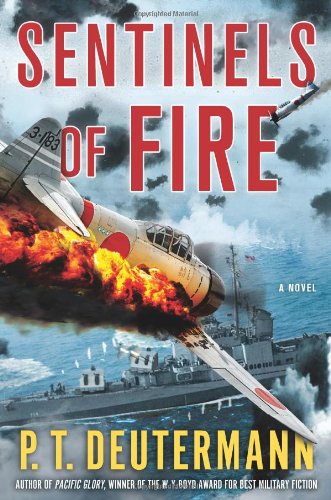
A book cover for Sentinels of Fire: A Novel; P. T. Deutermann; Literature & Fiction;